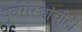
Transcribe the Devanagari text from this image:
पूर्वसंस्थांचीही